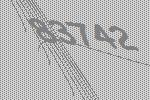
83742